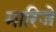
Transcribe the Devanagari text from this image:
मारिजे